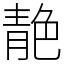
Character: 靘